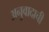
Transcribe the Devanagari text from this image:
अनुवादाची